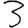
Digit: 3